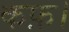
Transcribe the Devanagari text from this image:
कफ़।